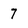
Character: 7